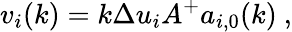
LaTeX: v_{i}(k)=k\Delta u_{i}A^{+}a_{i,0}(k)\ ,